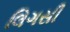
લિગસી